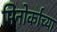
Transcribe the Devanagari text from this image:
मिनोर्काच्या